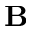
\mathbf { B }